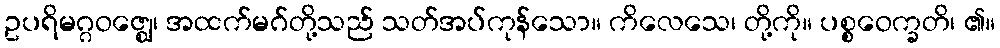
ဥပရိမဂ္ဂဝဇ္ဈေ၊ အထက်မဂ်တို့သည် သတ်အပ်ကုန်သော။ ကိလေသေ၊ တို့ကို။ ပစ္စဝေက္ခတိ၊ ၏။